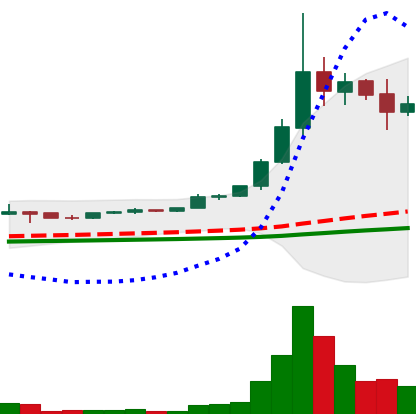
Ticker: ETC-USD
Chart end date: 2021-05-11
Forward return: -15.611%
Label: down_7plus